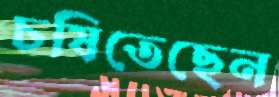
চষিতেছেন